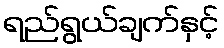
ရည်ရွယ်ချက်နှင့်